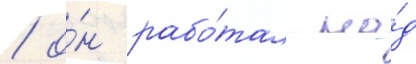
/ о́н рабо́тал на́д